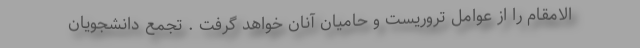
الامقام را از عوامل تروریست و حامیان آنان خواهد گرفت . تجمع دانشجویان